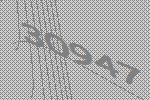
30947